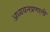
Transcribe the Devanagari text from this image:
अध्ययनप्रणाली